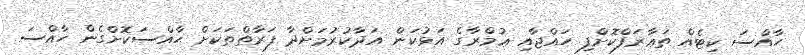
ޙާއްސަ ކިޓެއް ތަޢާރަފްކޮށްފި ހައްޖާއި ޢުމްރާގެ އަޅުކަން އަދާކުރުމަށްދާ ފަރާތްތަކަށް ޙާއްސަކޮށްގެން ހާއްސަ